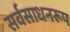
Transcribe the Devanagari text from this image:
सर्वसाधनरूप